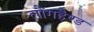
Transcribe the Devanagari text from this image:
लौंगहैण्ड